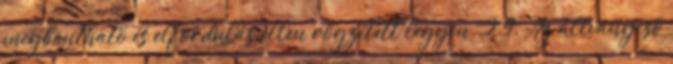
megbontható és elfordulás ellen rögzített legyen. 2.9. Az állványcsõ